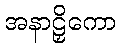
အနာဠှိကော